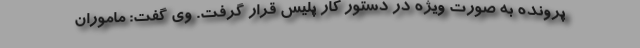
پرونده به صورت ویژه در دستور کار پلیس قرار گرفت. وی گفت: ماموران